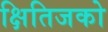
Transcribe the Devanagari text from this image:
क्षितिजको